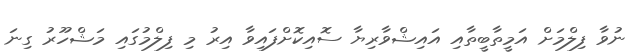
ނުވާ ފިލްމަށް އަމީތާބީތާއި އައިޝްވާރިޔާ ސޮއިކޮށްފައިވާ އިރު މި ފިލްމުގައި މަޝްހޫރު ގިނަ